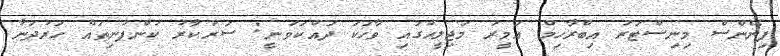
ފިނޭންސް މިނިސްޓަރު އިބްރާހިމް އަމީރު މަޖިލީހުގައި ވާހަކަ ދައްކަވަނީ: ސަރުކާރު ކުންފުނިތައް ހަރުދަނާ